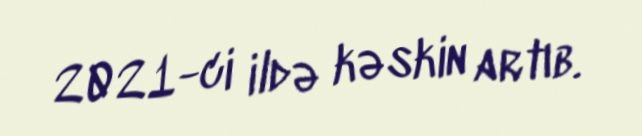
2021-ci ildə kəskin artıb.